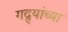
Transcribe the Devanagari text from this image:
गद्र्‍यांच्या